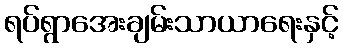
ရပ်ရွာအေးချမ်းသာယာရေးနှင့်